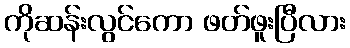
ကိုဆန်းလွင်ကော ဖတ်ဖူးပြီလား